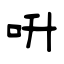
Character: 呏